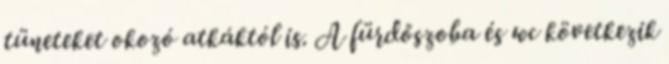
tüneteket okozó atkáktól is. A fürdőszoba és wc következik